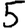
Digit: 5